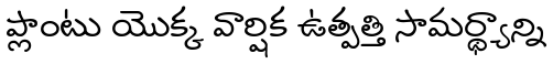
ప్లాంటు యొక్క వార్షిక ఉత్పత్తి సామర్థ్యాన్ని